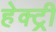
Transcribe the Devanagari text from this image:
हेक्ट्री